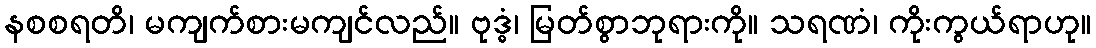
နစစရတိ၊ မကျက်စားမကျင်လည်။ ဗုဒ္ဓံ၊ မြတ်စွာဘုရားကို။ သရဏံ၊ ကိုးကွယ်ရာဟု။